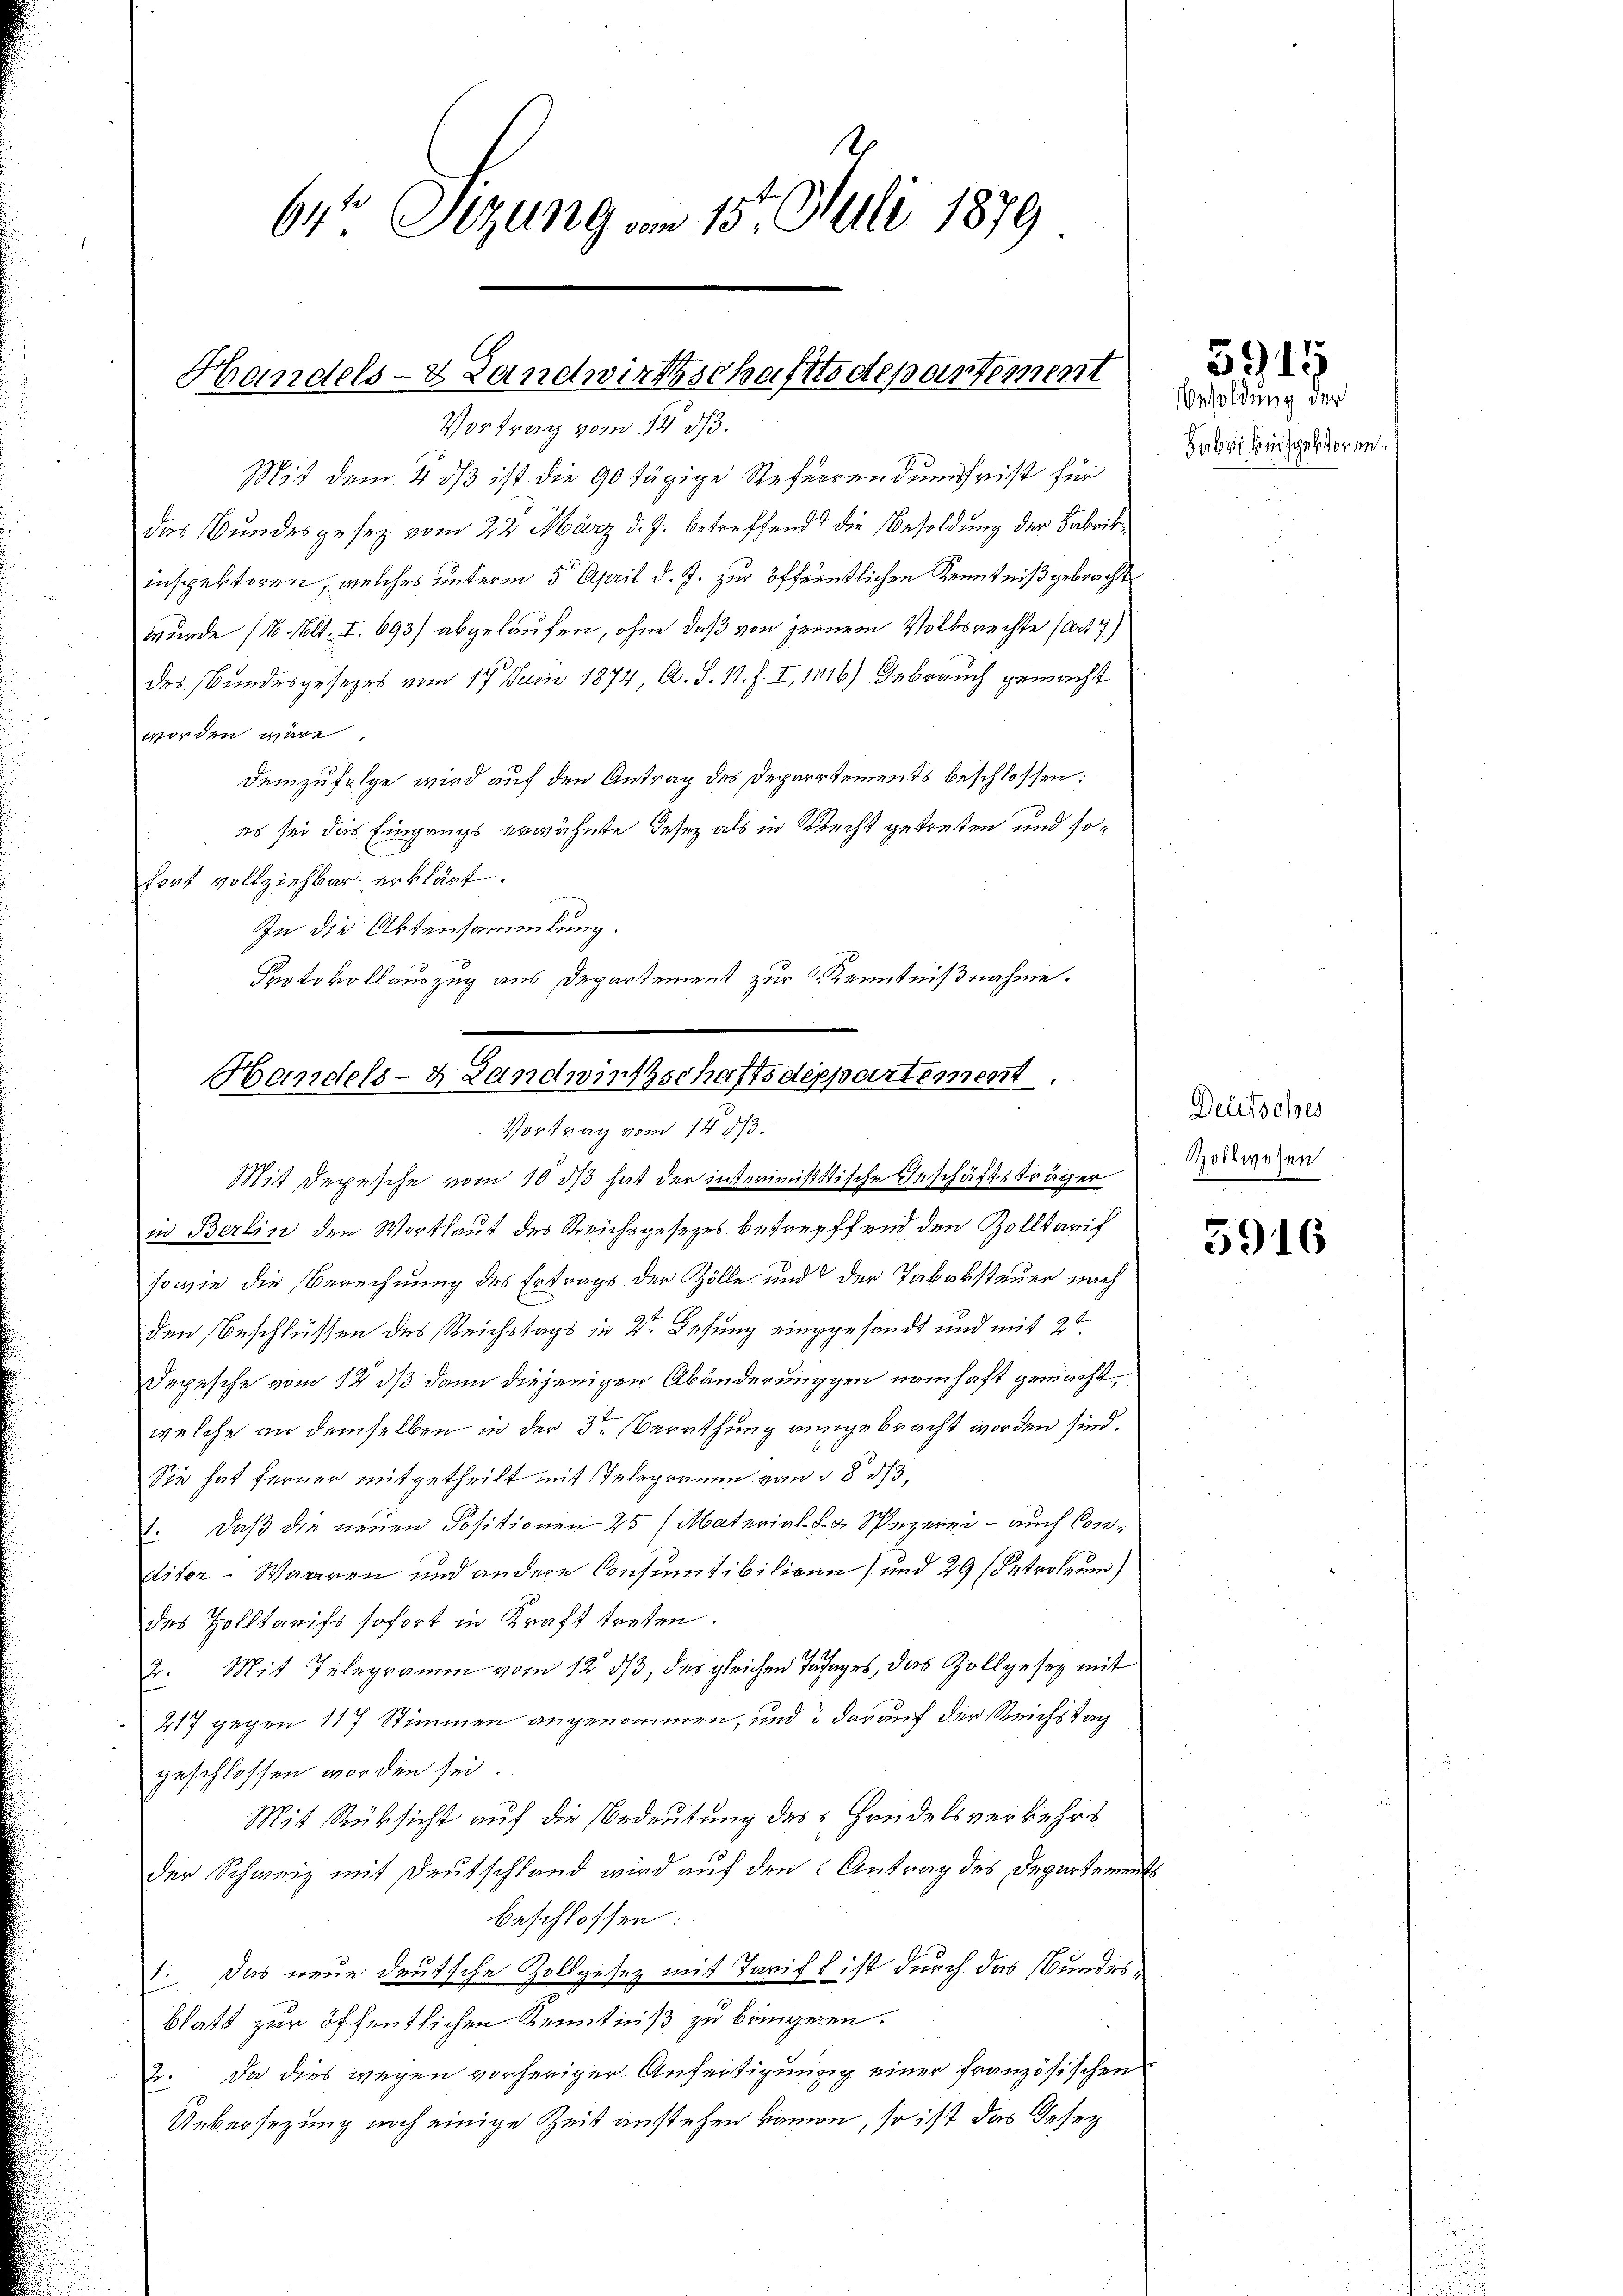
Handels- & Landwirthschaftsdepartement

6r Sitzung am 15. Juli 1879

Vortrag vom 14. ds.
Mit dem 4 dß ist die 90 tägige Referendum frist für
Das Bundesgesetz vom 22. März d. J. betreffend die Besoldung der Fabrikinspektoren, welches unterm 5 April d. J. zur öffentlichen Kenntniß gebracht
wurde (6. lt. I. 693/ abgelaufen, ohne daß von jenem Volksrechte (art. 7)
des Bundesgesezes vom 17. Junii 1874, A. S. 11. f. I, 1416) Gebrauch gemacht
worden wäre
Demzufolge wird auf den Antrag des Departements beschlossen:
es sei das Eingangs erwähnte Gesez als in Recht getreten und sofort vollziehbar erklärt.
In die Aktensammlung.
Protokollauszug aus Departement zur Kenntnißnahme.
Handels- & Landwirtschaftsdeppartement.

Vortrag vom 14. ds.

Mit Depesche vom 10 ds hat der interimistische Geschäftsträger
in Berlin den Wortlaut des Reichsgesetzes betreffend den Zolltarif
sowie die Berechnung des Ertrags der Zölle und der Tabaksteuer nach
den Beschlüssen des Reichstags in Dr. Lesung eingesandt und mit 24
Depesche vom 12 dß dann diejenigen Abänderunggen namhaft gemacht,
welche an demselben in der 3ten Berathung ausgebracht worden sind.
Sie hat ferner mitgetheilt mit Telegramm vom 8 1/3.
. Daß die neuen Positionen 25 (Material L. Spezerei - auch Conditer-Waaren und andere Consumtibilienn) und 29 (Introleum)
des Holltarifs sofort in Kraft treten.
Er. Mit Telegramm vom 12. dβ, der gleichen Trages, das Zollgesez mit
217 gegen 117 Stimmen angenommen, und darauf der Reichstag
geschlossen worden sei.
Mit Rüksicht auf die Bedeutung des u. Handelsverkehrs
der Schweiz mit Deutschland wird auf den Antrag des Departements
beschlossen:
1. Das neue deutsche Zollgesez mit Tarift ist durch das Bundesblatt zur öffentlichen Kenntniß zu bringenen.
2. Da dies wegen vorheriger Anfertigung einer französischen
Uebersezung noch einige Zeit anstehen kamen, so ist das Gesez

5949

Besoldung der
Gabrikinspektoren.

Deutsches
Zollwesen
N
n

3916